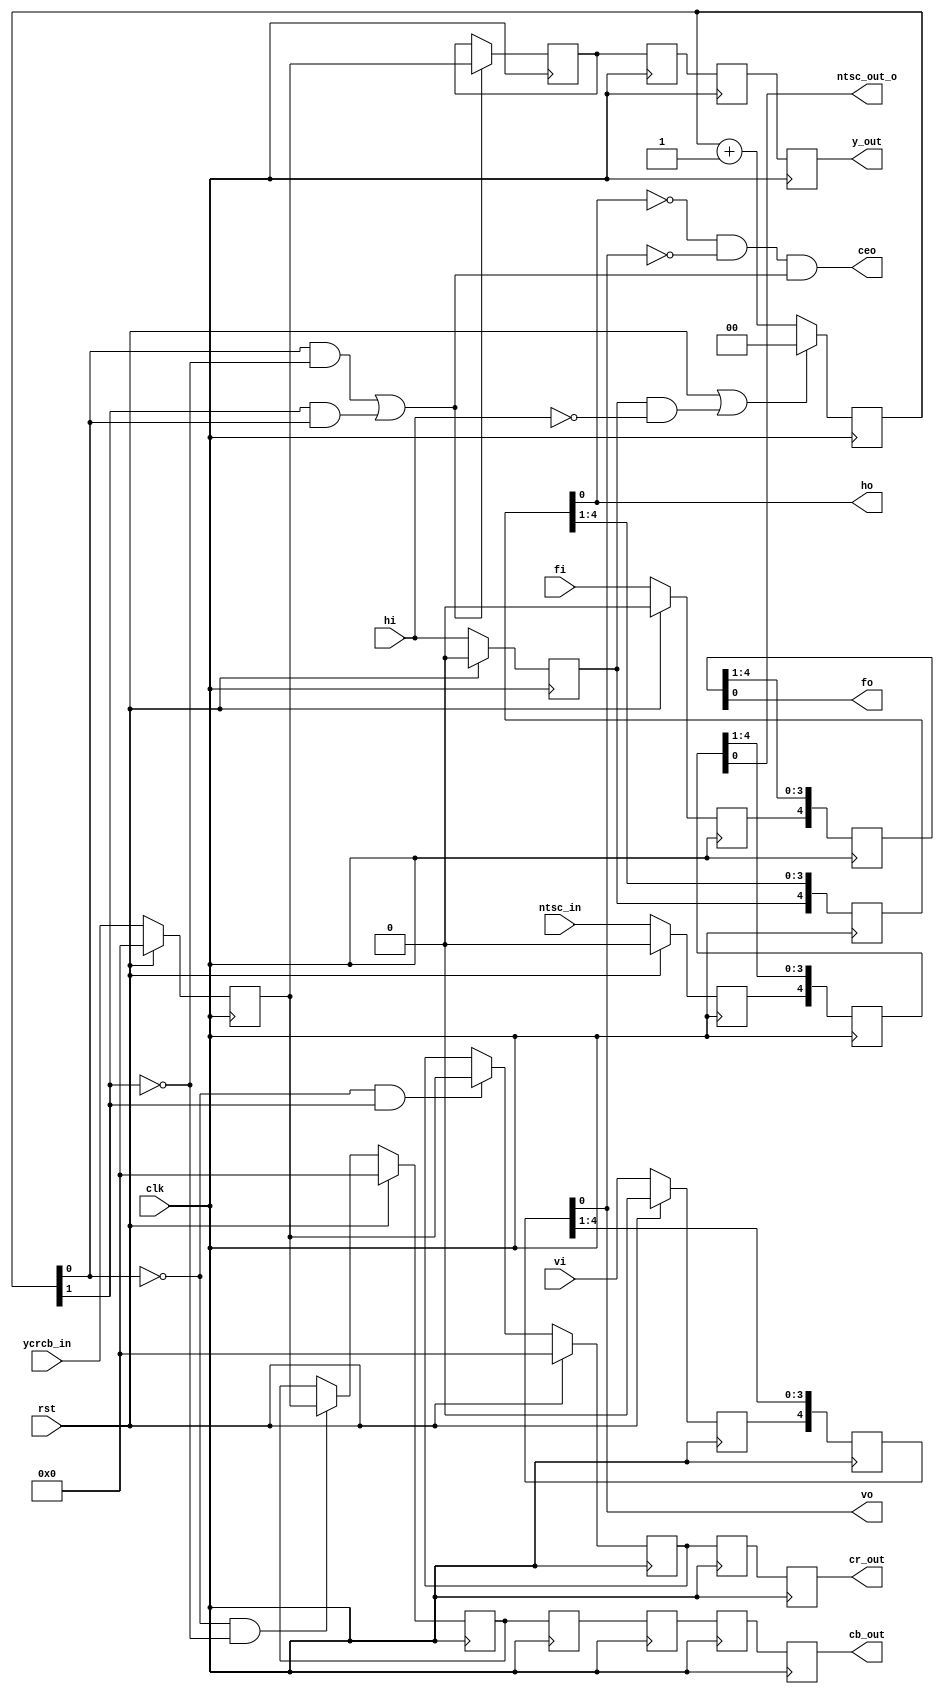
//     XILINX IS PROVIDING THIS DESIGN, CODE, OR INFORMATION "AS IS"
//     SOLELY FOR USE IN DEVELOPING PROGRAMS AND SOLUTIONS FOR
//     XILINX DEVICES.  BY PROVIDING THIS DESIGN, CODE, OR INFORMATION
//     AS ONE POSSIBLE IMPLEMENTATION OF THIS FEATURE, APPLICATION
//     OR STANDARD, XILINX IS MAKING NO REPRESENTATION THAT THIS
//     IMPLEMENTATION IS FREE FROM ANY CLAIMS OF INFRINGEMENT,
//     AND YOU ARE RESPONSIBLE FOR OBTAINING ANY RIGHTS YOU MAY REQUIRE
//     FOR YOUR IMPLEMENTATION.  XILINX EXPRESSLY DISCLAIMS ANY
//     WARRANTY WHATSOEVER WITH RESPECT TO THE ADEQUACY OF THE
//     IMPLEMENTATION, INCLUDING BUT NOT LIMITED TO ANY WARRANTIES OR
//     REPRESENTATIONS THAT THIS IMPLEMENTATION IS FREE FROM CLAIMS OF
//     INFRINGEMENT, IMPLIED WARRANTIES OF MERCHANTABILITY AND FITNESS
//     FOR A PARTICULAR PURPOSE.
//
//     (c) Copyright 2005 Xilinx, Inc.
//     All rights reserved.
//
/*
-------------------------------------------------------------------------------
   Title      : VIDEO CAPTURE FROM THE VDEC1 DAUGHTER BOARD FOR THE XUP-V2Pro
   Project    : XUP-V2Pro 
-------------------------------------------------------------------------------

   File       : p422_444_dup.v
   Company    : Xilinx, Inc.
   Created    : 2004/07/22
   Last Update: 2005/01/20
   Copyright  : (c) Xilinx Inc, 2005


-------------------------------------------------------------------------------
   Uses       : 
-------------------------------------------------------------------------------
   Used by    : VIDEO_CAPTURE.v

//-----------------------------------------------------------------

BRIEF DESCRIPTION

The process of 4:2:2 to 4:4:4 is simply creating the missing Cr and Cb
components. This version accomplishes this task by merely duplicating
the Cr and Cb information.

DETAILED DESCRIPTION

The video standard ITU-R BT.601 was introduced as the need for
transporting digital component video between countries and standards
increased. The analog component R'G'B' can be sampled in a very regular
way and converted from 4:4:4 to the digital 4:2:2 format, essentially
cutting in half the number of different components, Cr and Cb. 

The digital data is efficiently stored or transmitted to a destination
that reverses the process, i.e. converts back to 4:4:4 format, and
produces analog YUV or R'G'B' for display.


*/

module vp422_444_dup (
rst,
clk,
ycrcb_in,
ntsc_in, 
fi,
vi, 
hi,
ceo,
ntsc_out_o,
fo,  
vo,  
ho, 
y_out, 
cr_out, 
cb_out 
);

input		rst; 		//Reset and Clock input
input		clk;		//27Mhz for SDTV
input [9:0] ycrcb_in;	//data from the line field decoder
input		ntsc_in;	//from Line field decoder
input		fi;			//"FIELD" bit from Line field decoder 
input		vi;			//"VERTICAL BLANK" bit from Line field decoder 
input		hi;			//"HORIZONTAL BLANK" bit from Line field decoder
output		ceo;		//output enable valid out put 1/2 ycrcb_in rate
output		ntsc_out_o;	//high = NTSC format detected delayed to match 422-444 pipe length 
output  	fo;			//high = field one (even) delayed to match 422-444 pipe length 
output  	vo;			//high = vertical blank delayed to match 422-444 pipe length 
output  	ho;			//low = active video delayed to match 422-444 pipe length 
output [9:0]y_out;		// 4:4:4 luma data 
output [9:0]cr_out; 	// 4:4:4 chroma data
output [9:0]cb_out; 	// 4:4:4 chroma data 

reg [1:0] state_cnt;

reg [9:0] ycrcb_in_reg;

reg [4:0] pipe_fo;
reg [4:0] pipe_ntsc;
reg [4:0] pipe_vo;
reg [4:0] pipe_ho;

reg [9:0] Y_rg1;			// luma pipe line register
reg [9:0] Y_rg2;
reg [9:0] Y_rg3;
reg [9:0] Y_rg4;


reg [9:0] chroma_red_rg1;	//Cr pipe line register
reg [9:0] chroma_red_rg2;
reg [9:0] chroma_red_rg3;
reg [9:0] chroma_red_rg4;


reg [9:0] chroma_blue_rg1;	//Cb pipe line register
reg [9:0] chroma_blue_rg2;
reg [9:0] chroma_blue_rg3;
reg [9:0] chroma_blue_rg4;
reg [9:0] chroma_blue_rg5;

wire h_falling;
wire blanking;
reg vi_reg;
reg hi_reg;
reg ntsc_reg;
reg fi_reg;
wire ena_luma_reg;
wire ena_chroma_red_reg;
wire ena_chroma_blue_reg;

assign h_falling 			=  (hi_reg & ~hi);
assign ceo 					=  ((~pipe_ho[0] & ~pipe_vo[0]) & ena_luma_reg);
assign ena_luma_reg 		=  ((state_cnt[0] & ~state_cnt[1]) | (state_cnt[1] & state_cnt[0]));//counts 1, 3
assign ena_chroma_blue_reg 	=  (~state_cnt[0] & ~state_cnt[1]);                                 //count 0
assign ena_chroma_red_reg  	=  (~state_cnt[0] &  state_cnt[1]);                                 //count 2

assign y_out[9:0]  = Y_rg4[9:0];
assign cr_out[9:0] = chroma_red_rg3[9:0];
assign cb_out[9:0] = chroma_blue_rg5[9:0];

assign vo =  pipe_vo[0];
assign fo =  pipe_fo[0];

assign ho       =  pipe_ho[0];
assign ntsc_out_o =  pipe_ntsc[0];

// create a counter to keep track of the Cb, Y, Cr Y data stream contents
always @ (posedge clk ) begin
  	if (rst | h_falling) begin
      state_cnt <= 2'b00;
	  end
    else begin 
      state_cnt <= state_cnt + 1;
      end
  end 

//register the inputs 
always @ (posedge clk ) begin
  	if (rst) begin 
		  	vi_reg    <=  1'b0;
  	  		hi_reg    <=  1'b0;
      		fi_reg    <=  1'b0;
      		ntsc_reg  <=  1'b0;
      		ycrcb_in_reg  <=  8'h00;
			end
    else begin
      		vi_reg    <= vi;
 	    	hi_reg    <= hi;
      		fi_reg    <= fi;
      		ntsc_reg  <= ntsc_in;
      		ycrcb_in_reg[9:0]  <= ycrcb_in[9:0];
			end
	end 

//pipe line delay F, V, H, NTSC to match delay of 444 dup
always @ (posedge clk) begin 
    pipe_vo[4]    	<= vi_reg;
    pipe_vo[3:0]    <= pipe_vo[4:1]; 
    pipe_fo[4]      <= fi_reg; 
    pipe_fo[3:0]    <= pipe_fo[4:1];  
    pipe_ho[4]      <= hi_reg;
    pipe_ho[3:0]    <= pipe_ho[4:1];
    pipe_ntsc[4]    <= ntsc_reg;
    pipe_ntsc[3:0]  <= pipe_ntsc[4:1];  
  	end

// process the luna data
always @ (posedge clk) begin
    if (ena_luma_reg) begin
     	Y_rg1[9:0] <= ycrcb_in_reg[9:0]; 
   	     end
    else begin
		Y_rg1[9:0] <= Y_rg1[9:0];   
    	end
  	end

always @ (posedge clk) begin
    Y_rg2[9:0] <= Y_rg1[9:0];                 //3 clock delay
    Y_rg3[9:0] <= Y_rg2[9:0]; 
    Y_rg4[9:0] <= Y_rg3[9:0];
  	end 


// process the Cr data
always @ (posedge clk) begin
    if (rst) begin
      chroma_red_rg1[9:0] <= 8'h00;
	  end
    else if (ena_chroma_red_reg) begin
      chroma_red_rg1[9:0] <= ycrcb_in_reg[9:0];
 	  end
    else begin
	  chroma_red_rg1[9:0] <= chroma_red_rg1[9:0];
      end
  end

always @ (posedge clk) begin
     chroma_red_rg2[9:0] <= chroma_red_rg1[9:0];    //3 clock delay
     chroma_red_rg3[9:0] <= chroma_red_rg2[9:0];  
     chroma_red_rg4[9:0] <= chroma_red_rg3[9:0];
	 end


// process the Cb data
always @ (posedge clk) begin
    if (rst) begin
      chroma_blue_rg1[9:0] <= 8'h00;
	  end
    else if (ena_chroma_blue_reg) begin
      chroma_blue_rg1[9:0] <= ycrcb_in_reg[9:0];
	  end
   	else begin
	  chroma_blue_rg1[9:0] <= chroma_blue_rg1[9:0];   
      end
  end

always @ (posedge clk) begin
    chroma_blue_rg2[9:0] <= chroma_blue_rg1[9:0];  //4 clock delay
    chroma_blue_rg3[9:0] <= chroma_blue_rg2[9:0];  
	chroma_blue_rg4[9:0] <= chroma_blue_rg3[9:0];
    chroma_blue_rg5[9:0] <= chroma_blue_rg4[9:0];
	end

endmodule